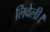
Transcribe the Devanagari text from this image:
लिवेली।